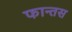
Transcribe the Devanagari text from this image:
फान्तस